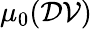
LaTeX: \mu_{0}(\mathcal{DV})